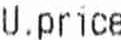
U.PRICE